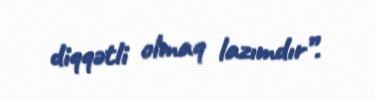
diqqətli olmaq lazımdır”.